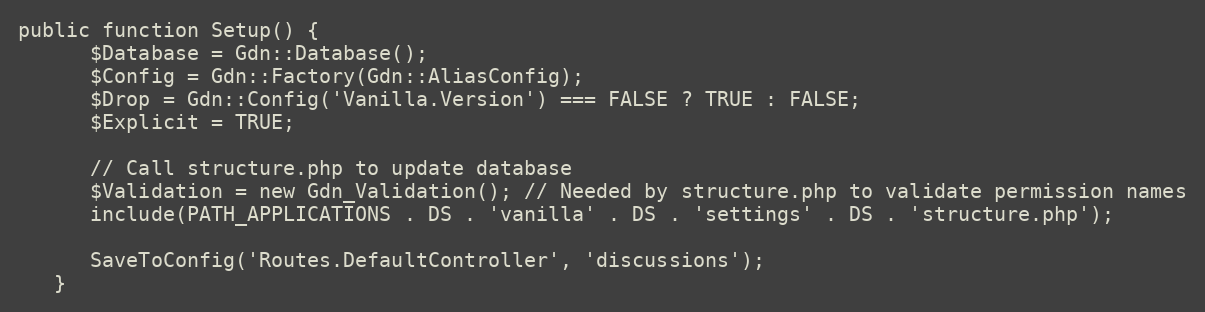
Language: PHP
public function Setup() {
      $Database = Gdn::Database();
      $Config = Gdn::Factory(Gdn::AliasConfig);
      $Drop = Gdn::Config('Vanilla.Version') === FALSE ? TRUE : FALSE;
      $Explicit = TRUE;

      // Call structure.php to update database
      $Validation = new Gdn_Validation(); // Needed by structure.php to validate permission names
      include(PATH_APPLICATIONS . DS . 'vanilla' . DS . 'settings' . DS . 'structure.php');

      SaveToConfig('Routes.DefaultController', 'discussions');
   }